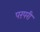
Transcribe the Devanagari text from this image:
परंपरी